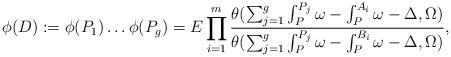
LaTeX: \begin{align*}\phi(D):=\phi(P_1) \dots \phi(P_g) = E\prod_{i=1}^m \dfrac{\theta(\sum_{j=1}^g \int_P^{P_j} \omega - \int_P^{A_i} \omega - \Delta, \Omega )}{\theta(\sum_{j=1}^g \int_P^{P_j} \omega - \int_P^{B_i} \omega - \Delta, \Omega )},\end{align*}